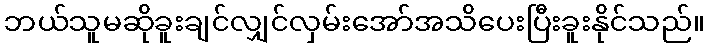
ဘယ်သူမဆိုခူးချင်လျှင်လှမ်းအော်အသိပေးပြီးခူးနိုင်သည်။